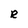
Character: R